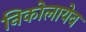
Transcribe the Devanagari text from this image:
निकोलायेव